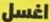
اغسل